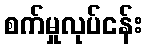
စက်မှုလုပ်ငန်း